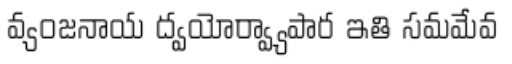
వ్యంజనాయ ద్వయోర్వ్యాపార ఇతి సమమేవ